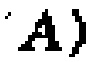
\(A)\)